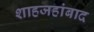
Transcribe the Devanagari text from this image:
शाहजहांबाद